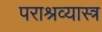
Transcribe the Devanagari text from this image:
पराश्रव्यास्त्र